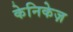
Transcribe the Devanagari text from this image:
केनिकेज़